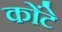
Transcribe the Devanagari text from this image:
कोंटे